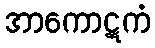
အာကောဋကံ